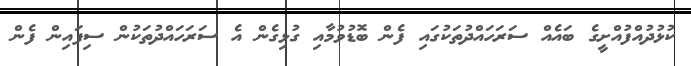
ކުޅުދުއްފުއްށީގެ ބައެއް ސަރަހައްދުތަކުގައި ފެން ބޮޑުވުމާއި ގުޅިގެން އެ ސަރަހައްދުތަކުން ސިފައިން ފެން